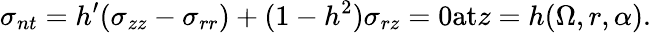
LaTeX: \sigma_{nt}=h^{\prime}(\sigma_{zz}-\sigma_{rr})+(1-h^{2})\sigma_{rz}=0\textrm{at}z=h(\Omega,r,\alpha).